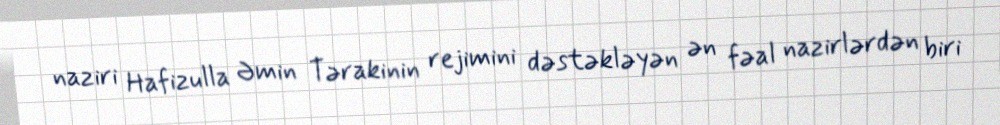
naziri Hafizulla Əmin Tərakinin rejimini dəstəkləyən ən fəal nazirlərdən biri